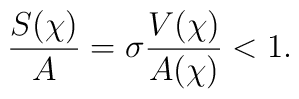
\frac{S(\chi)}{A}= \sigma \frac{V(\chi)}{A(\chi)}<1.